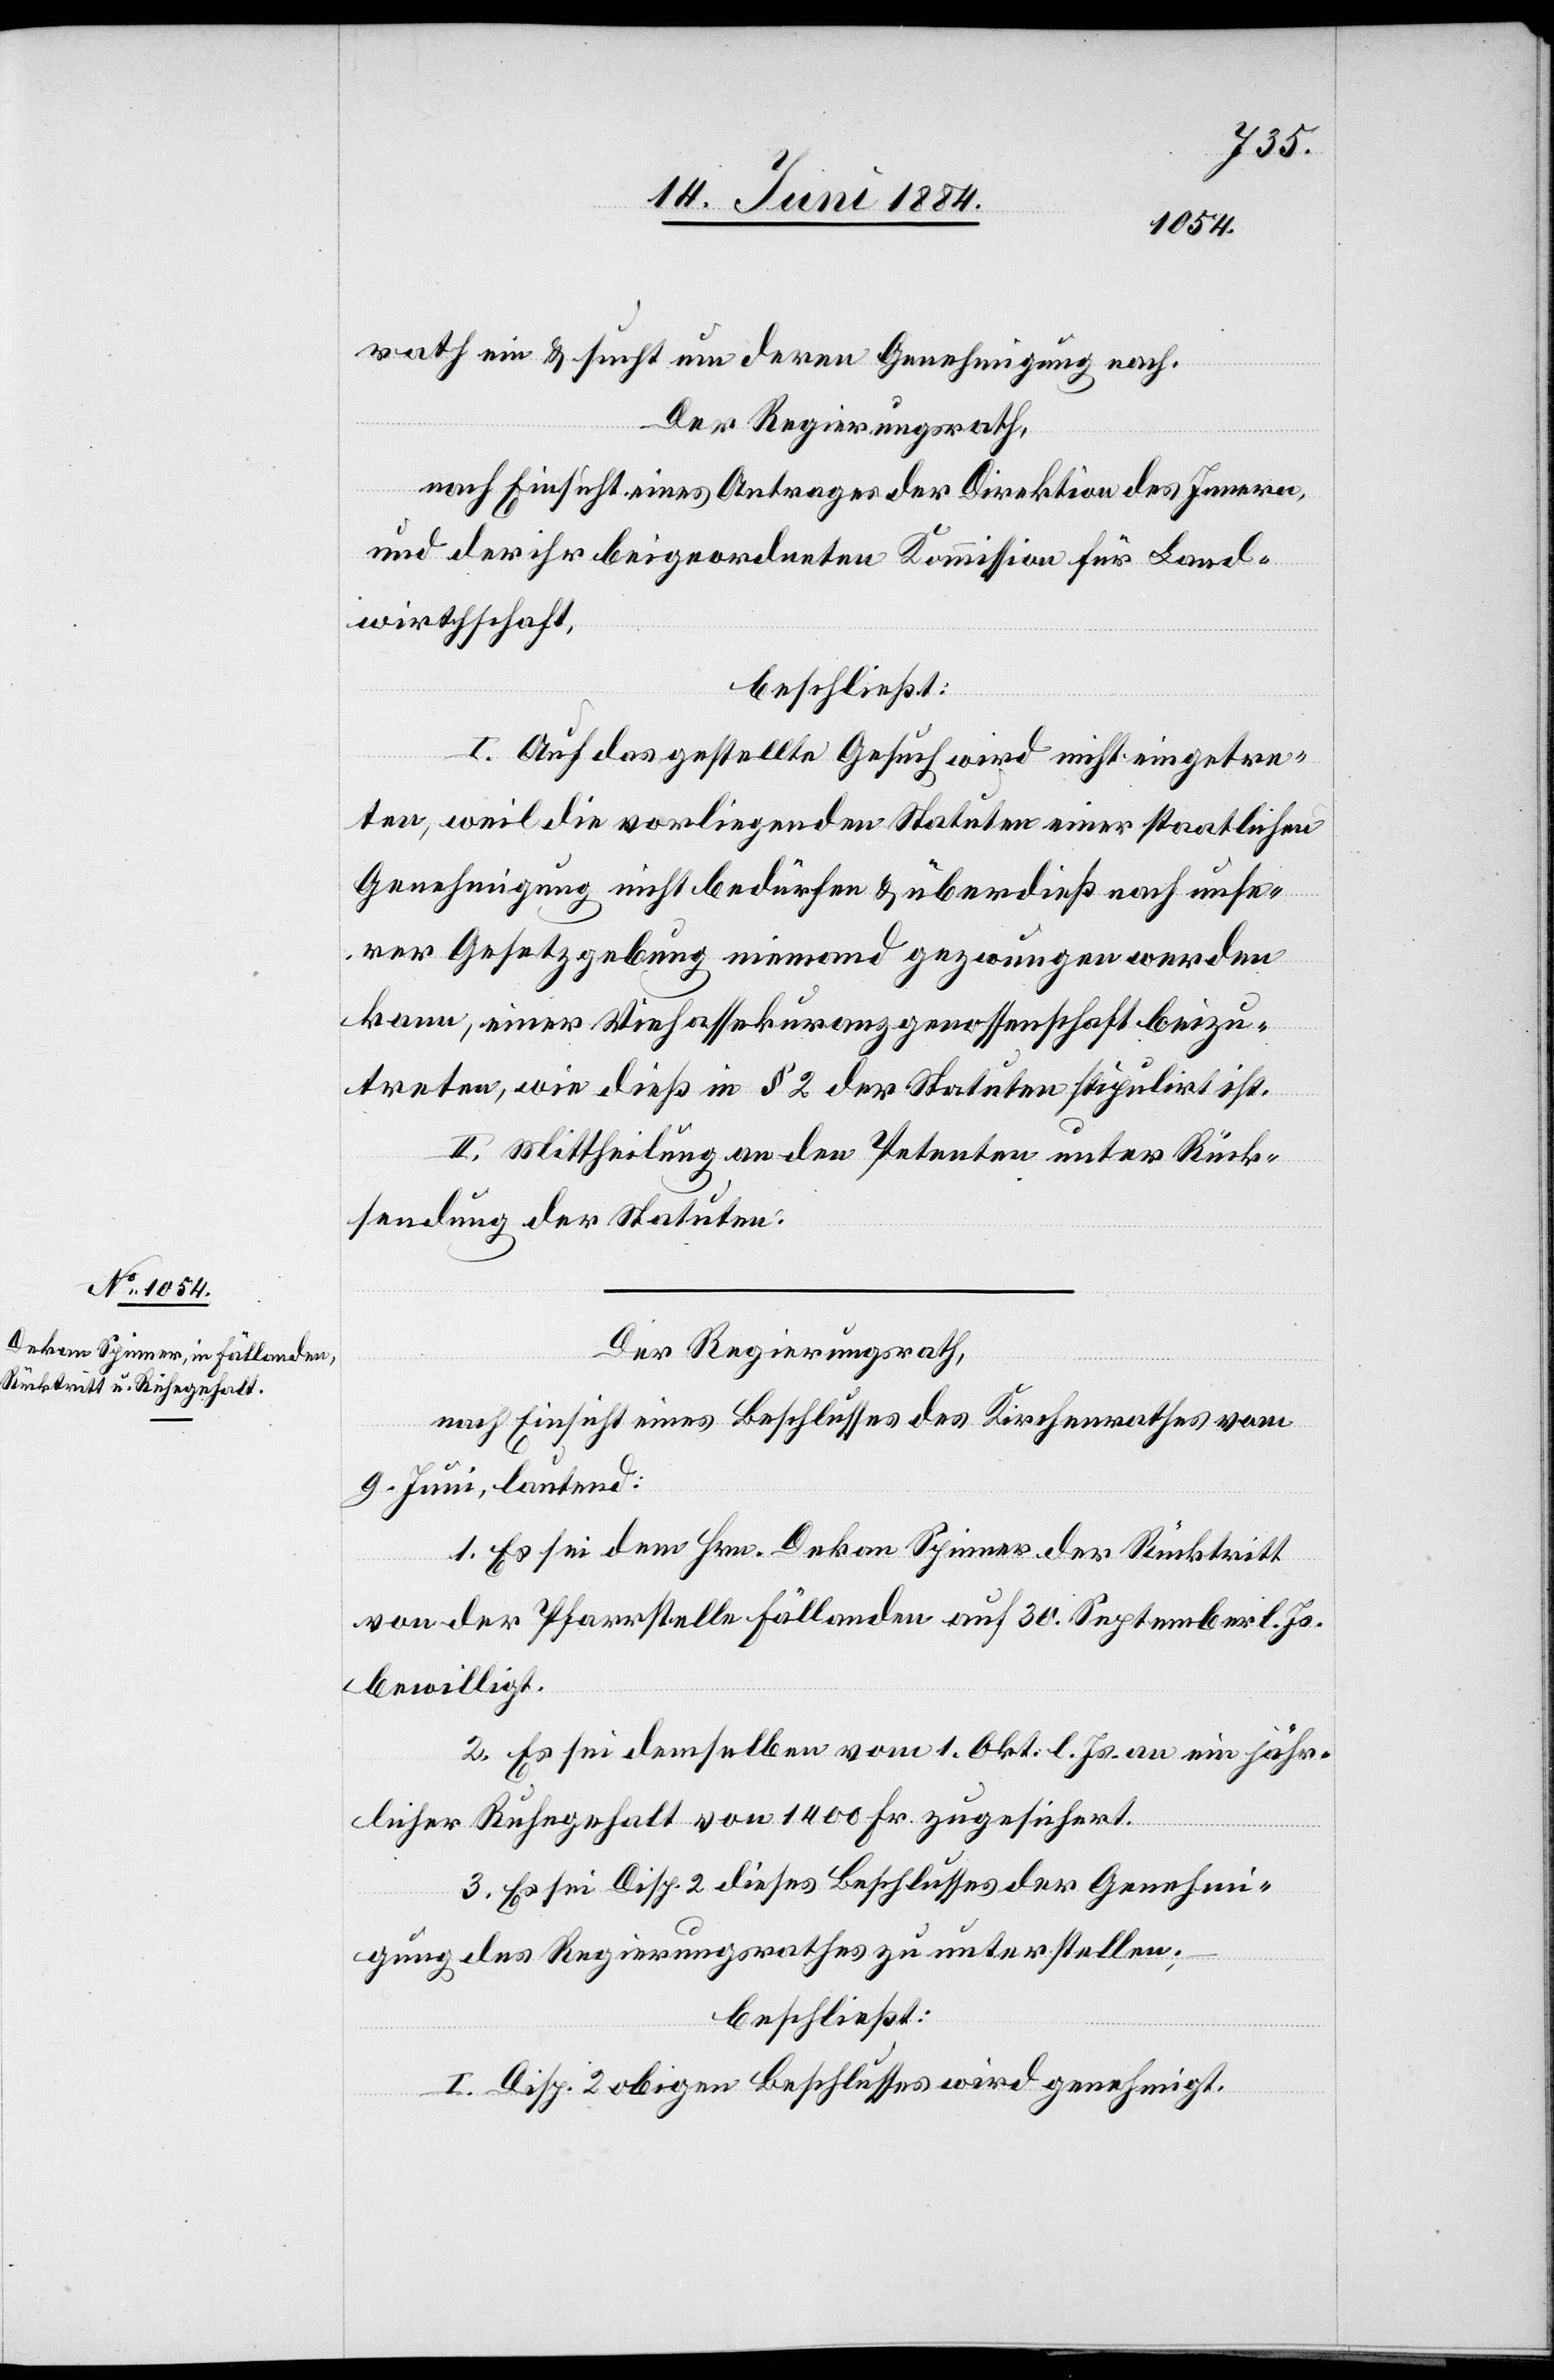
rath ein & sucht um deren Genehmigung nach.
Der Regierungsrath,
nach Einsicht eines Antrages der Direktion des Innern,
und der ihr beigeordneten Kommission für Land¬
wirthschaft,
beschließt:
I. Auf das gestellte Gesuch wird nicht eingetre¬
ten, weil die vorliegenden Statuten einer staatlichen
Genehmigung nicht bedürfen & überdieß nach unse¬
rer Gesetzgebung niemand gezwungen werden
kann, einer Viehassekuranzgenossenschaft beizu¬
treten, wie dieß in § 2 der Statuten stipulirt ist.
II. Mittheilung an den Petenten unter Rück¬
sendung der Statuten.
Der Regierungsrath,
nach Einsicht eines Beschlusses des Kirchenrathes vom
9. Juni, lautend:
1. Es sei dem Hrn. Dekan Spinner der Rücktritt
von der Pfarrstelle Fällanden auf 30. September l. Js.
bewilligt.
2. Es sei demselben vom 1. Okt. l. Js an ein jähr¬
licher Ruhegehalt von 1400 Fr. zugesichert.
3. Es sei Disp. 2 dieses Beschlusses der Genehmi¬
gung des Regierungsrathes zu unterstellen;
beschließt:
I. Disp. 2 obigen Beschlusses wird genehmigt.